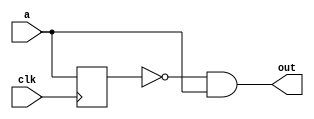
module detect(input clk, a, output out);
	reg q;
	always @(posedge clk)
		q <= a;
	assign out = !q && a;
endmodule